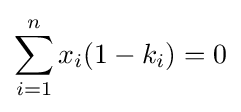
\sum _{i=1}^{n}x_{i}(1-k_{i})=0